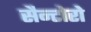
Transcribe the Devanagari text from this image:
सैन्टोरो